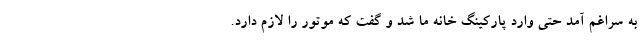
به سراغم آمد حتی وارد پارکینگ خانه ما شد و گفت که موتور را لازم دارد.